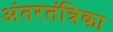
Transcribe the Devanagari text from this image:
अंतरतंत्रिका